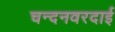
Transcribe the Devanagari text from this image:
चन्दनवरदाई